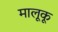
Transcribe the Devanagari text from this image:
मालूकू